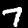
Label: 7